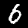
Digit: 6